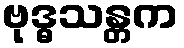
ဗုဒ္ဓသန္တက